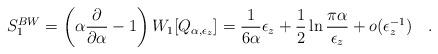
LaTeX: \begin{align*}S_1^{BW}=\left(\alpha{\partial \over \partial\alpha}-1\right)W_1[Q_{\alpha,\epsilon_z}]={1\over 6\alpha} \epsilon_z +\frac 12\ln{\pi\alpha \over \epsilon_z}+ o(\epsilon_z^{-1})~~~.\end{align*}